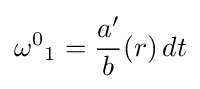
{\omega ^{0}}_{1}={\frac {a'}{b}}(r)\,dt